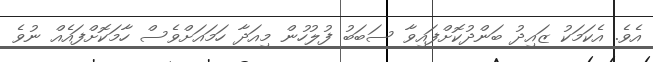
އެވެ. އެކަމަކު ޒައިދު ބަންދުކޮށްފައިވާ ސަބަބު ފުލުހުން މިއަދާ ހަމައަށްވެސް ހާމަކޮށްފައެއް ނުވެ